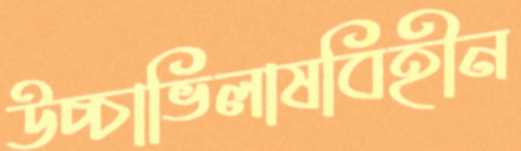
উচ্চাভিলাষবিহীন